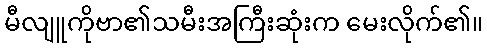
မီလျူကိုဗာ၏သမီးအကြီးဆုံးက မေးလိုက်၏။